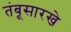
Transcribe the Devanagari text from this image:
तंबूसारखे